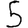
Digit: 5